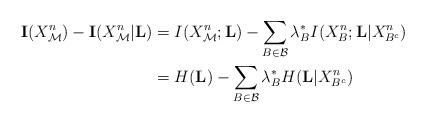
LaTeX: \begin{align*}\textbf{I}(X_{\mathcal{M}}^n)-\textbf{I}(X_{\mathcal{M}}^n|\textbf{L}) &=I(X_{\mathcal{M}}^n;\textbf{L})-\sum_{B\in\mathcal{B}}\lambda_B^*I(X_B^n;\textbf{L}|X_{B^c}^n) \\ &=H(\textbf{L})-\sum_{B\in\mathcal{B}}\lambda_B^*H(\textbf{L}|X_{B^c}^n) \end{align*}